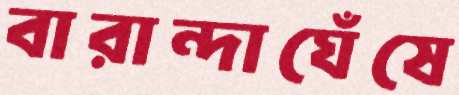
বারান্দাঘেঁষে